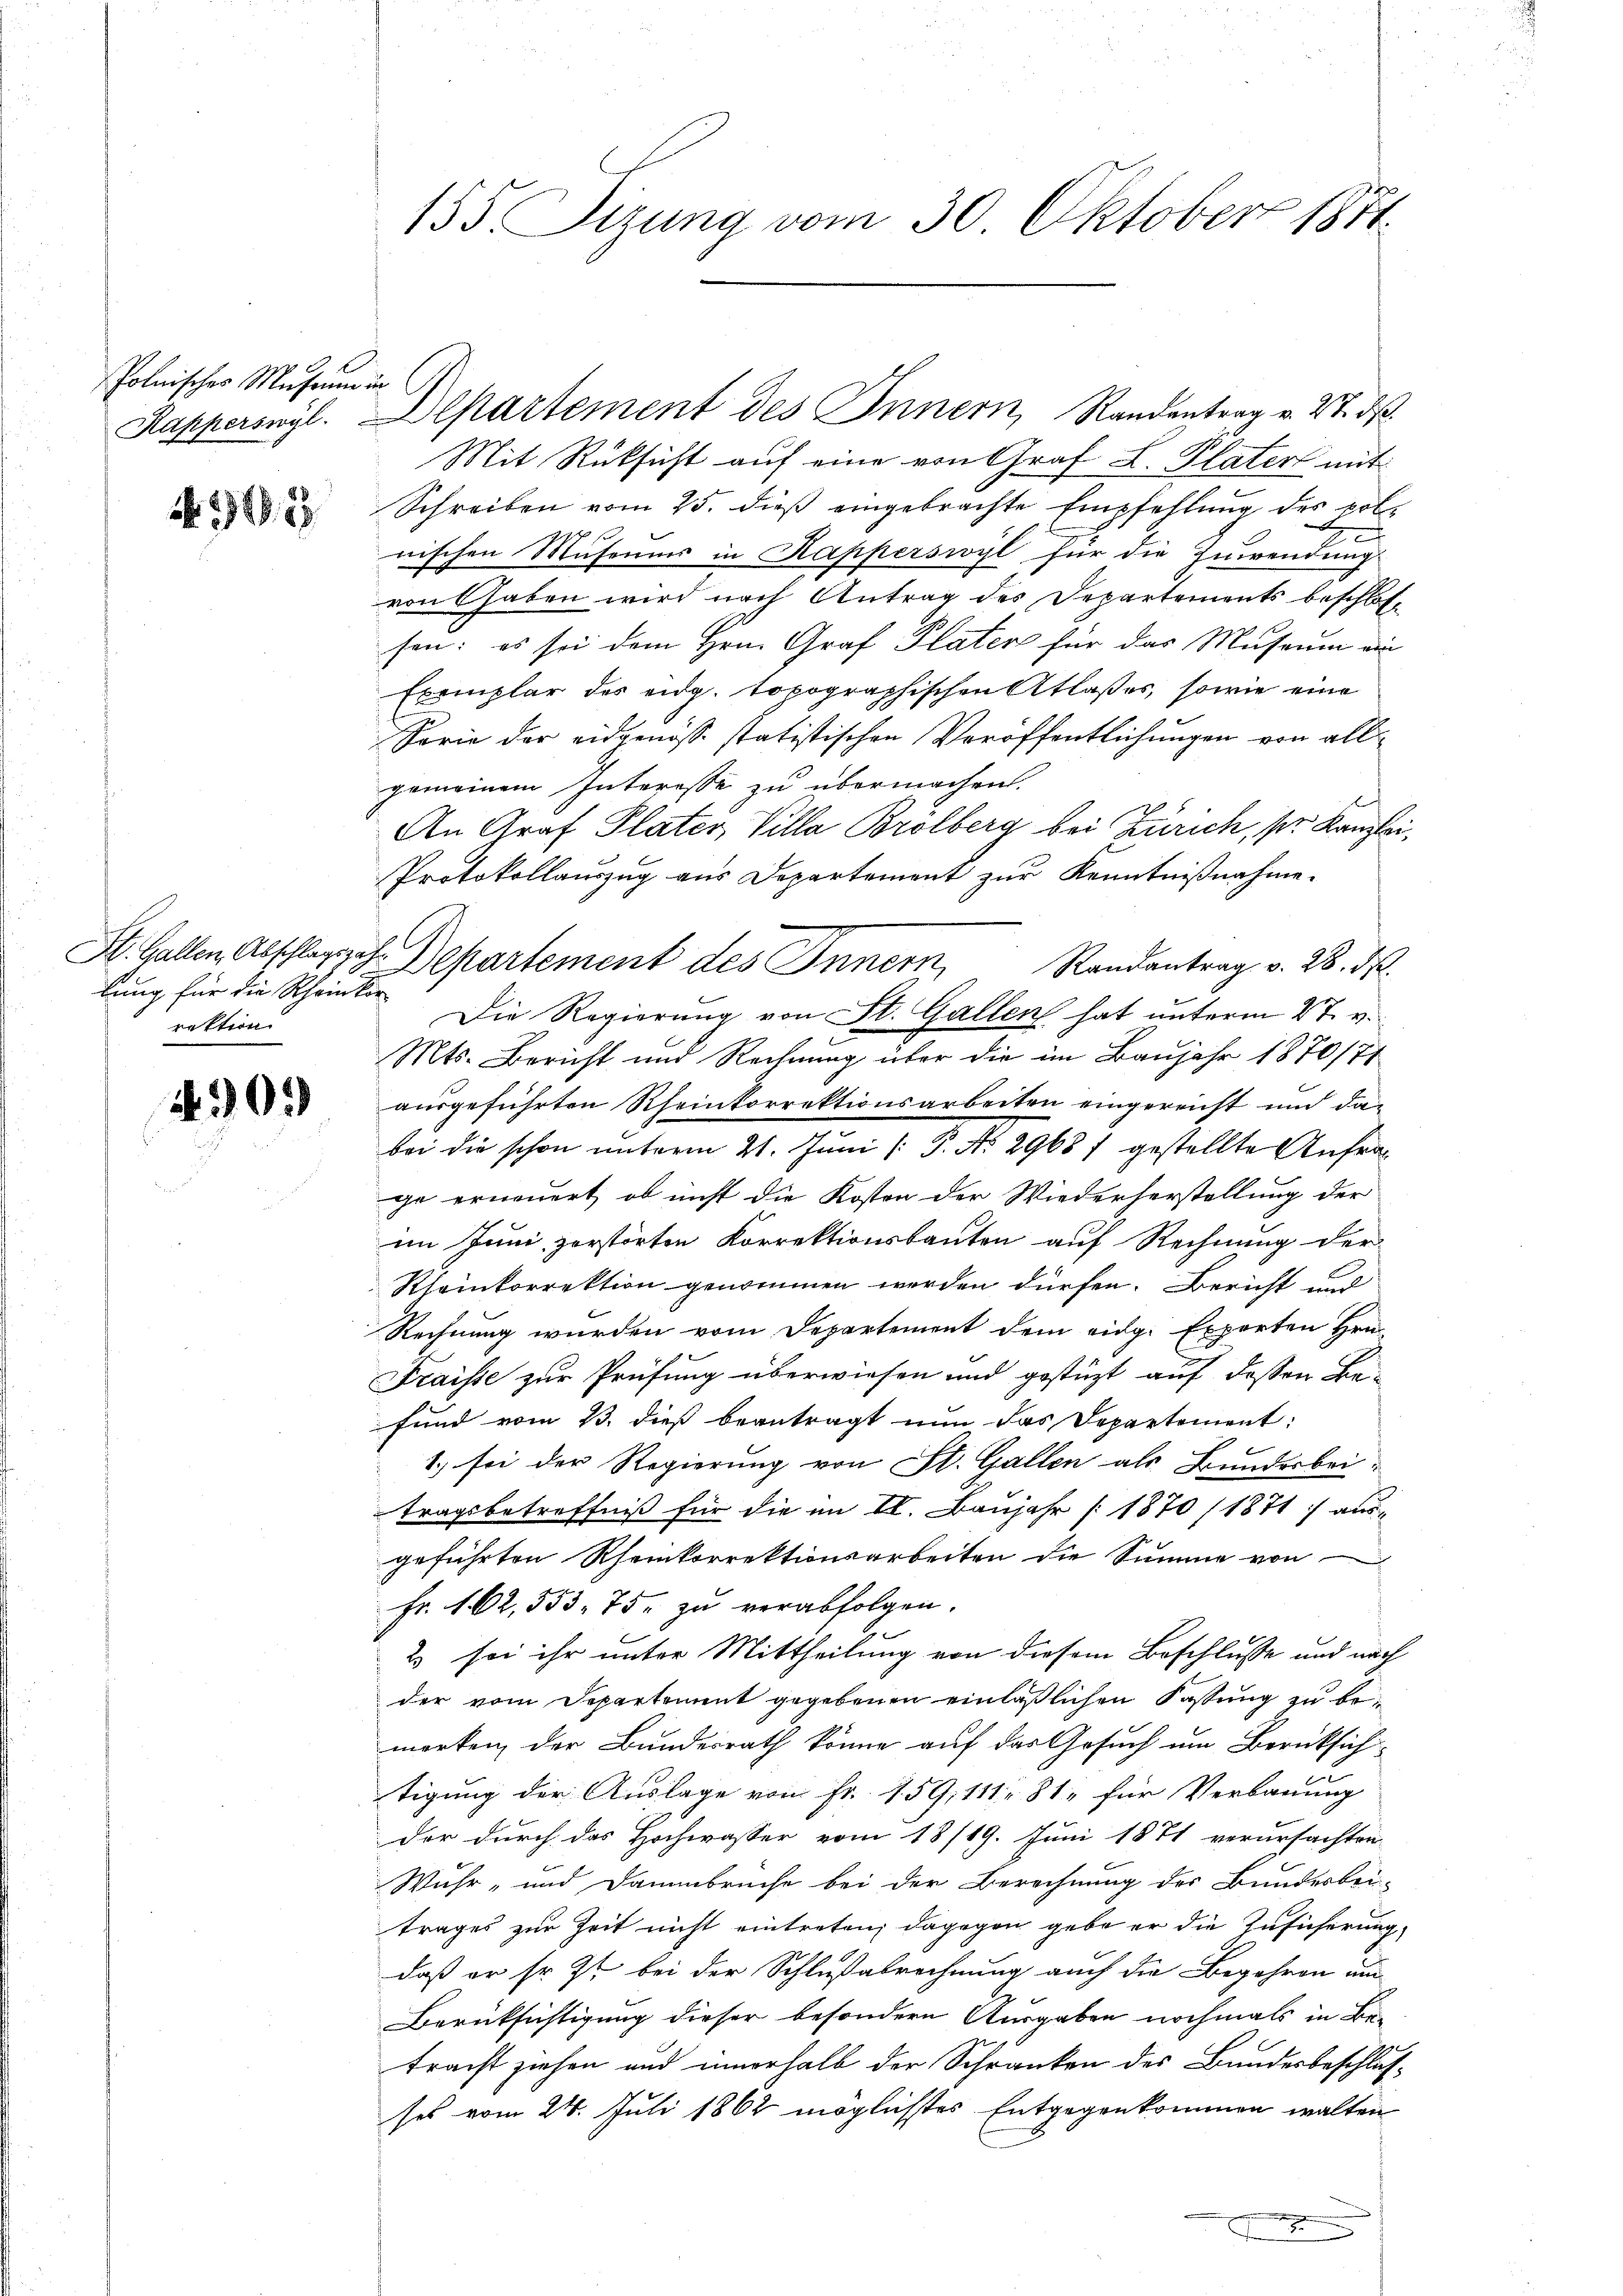
E
Polnisches Museum in

N 225.

lung für die Scheinter
rektion.

N0.

155. Sizung vom 30. Oktober 1871.

Kapperswyl. Departement des Innern, Randantrag v. 27. ds.
Mit Rüksicht auf eine von Graf L. Plater mit
Schreiben vom 25. dieß eingebrachte Empfehlung des pold
r
nischen Museums in Kapperswyl für die Zuwendung
von Gaben wird nach Antrag des Departements beschlossen: es sei dem Hrn. Graf Plater für das Museum au
Exemplar des eidg. topographischen Atlaßes, sowie eine
Sorie der eidgenösse statistischen Veröffentlichungen von allgemeinem Interesse zu übermachen.
h
An Graf Plater Villa Brölberg bei Zürich, ser Kanzlei¬
Protokollauszug aus Departement zur Kenntnißnahme.
St. Gallen Abschlage. Departement des Innern Randantrag v. 28. d.
Die Regierung von St. Gallen hat unterm 27. v.
Mts. Bericht und Rechnung über die im Baujahr 1870/71
ausgeführten Rheinkorrektionsarbeiten eingereicht und dabei die schon unterm 21. Juni /: P. No 2968) gestellte Anfrag
ge erneuert, ob nicht die Kosten der Wiederherstellung der
im Juni, zerstörten Korrektionsbauten auf Rechnung der
Rheinkorrektion genommen werden dürfen. Bericht und
Rechnung wurden vom Departement dem eidg. Experten Hrn.
Fraisse zur Prüfung überwiesen und gestüzt auf dessen Befund vom 13. dieß beantragt nun das Departement:
1.) sei der Regierung von St. Gallen als Bundesbei-
tragsbetreffniß für die im II. Baujahr 1870 (1871 ausgeführten Rheinkorrektionsarbeiten die Summe von
Fr. 162, 553. 75. zu verabfolgen.
2 sei ihr unter Mittheilung von diesem Beschlusse und nach
der vom Departement gegebenen einläßlichen Fassung zu bemerken, der Bundesrath könne auf das Gesuch um Berüksich
tigung der Auslage von Fr. 159, 111. 81, für Verbauung
der durch das Hochwasser vom 18/19. Juni 1871 verursachten
Wuhr- und Dammbrüche bei der Berechnung des Bundesbei-
trages zur Zeit nicht eintreten; dagegen gebe er die Zusicherung
daß er sr. Zt. bei der Schlußabrechnung auch die Begehren am
Berücksichtigung dieser besondern Ausgaben nochmals in Be-
tracht ziehen und innerhalb der Schranken des Bundesbeschlusses vom 24. Juli 1862 möglichstes Entgegenkommen walten
x